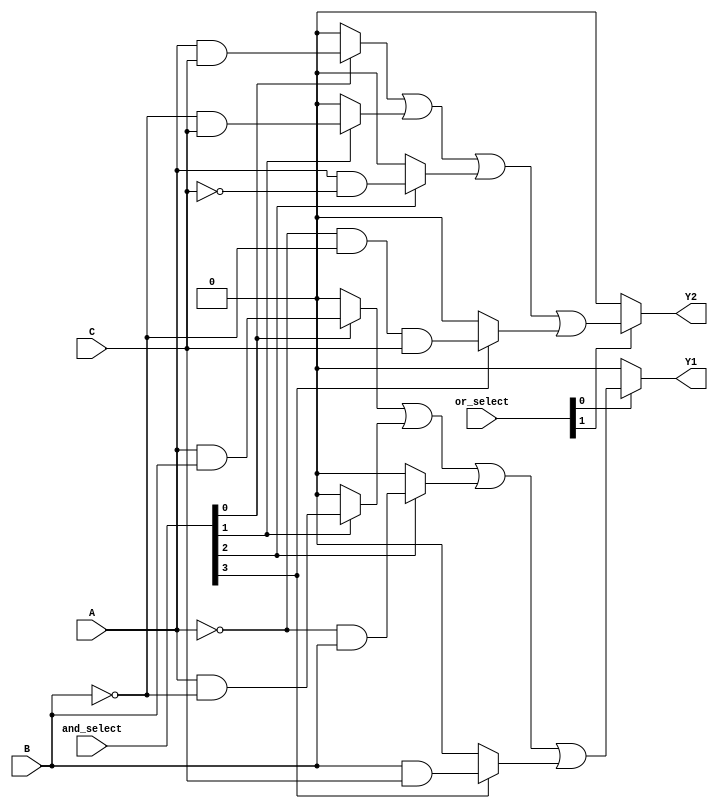
module PLA (
    input wire A,         // Input A
    input wire B,         // Input B
    input wire C,         // Input C
    input wire [3:0] and_select, // Control lines for AND array
    input wire [1:0] or_select,   // Control lines for OR array
    output wire Y1,      // Output Y1
    output wire Y2       // Output Y2
);

// Programmable AND array
wire p0, p1, p2, p3, p4, p5, p6, p7;

// AND gate implementations
assign p0 = A & B;            // Product term 1: A AND B
assign p1 = A & ~B;           // Product term 2: A AND NOT B
assign p2 = ~A & B;           // Product term 3: NOT A AND B
assign p3 = B & C;            // Product term 4: B AND C
assign p4 = A & C;            // Product term 5: A AND C
assign p5 = ~B & C;           // Product term 6: NOT B AND C
assign p6 = A & ~C;           // Product term 7: A AND NOT C
assign p7 = ~A & ~B & C;      // Product term 8: NOT A AND NOT B AND C

// Output logic using programmable OR array
assign Y1 = (or_select[0]) ? (and_select[0] ? p0 : 1'b0) |
                     (and_select[1] ? p1 : 1'b0) |
                     (and_select[2] ? p2 : 1'b0) |
                     (and_select[3] ? p3 : 1'b0) : 1'b0;

assign Y2 = (or_select[1]) ? (and_select[0] ? p4 : 1'b0) |
                     (and_select[1] ? p5 : 1'b0) |
                     (and_select[2] ? p6 : 1'b0) |
                     (and_select[3] ? p7 : 1'b0) : 1'b0;

endmodule